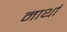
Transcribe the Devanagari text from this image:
नार्था